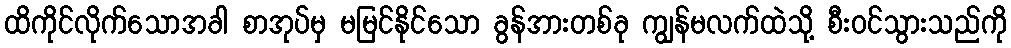
ထိကိုင်လိုက်သောအခါ စာအုပ်မှ မမြင်နိုင်သော ခွန်အားတစ်ခု ကျွန်မလက်ထဲသို့ စီးဝင်သွားသည်ကို